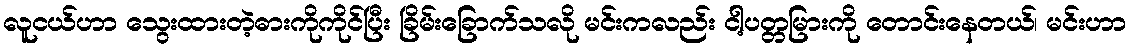
လူငယ်ဟာ သွေးထားတဲ့ဓားကိုကိုင်ပြီး ခြိမ်းခြောက်သလို မင်းကလည်း ငါ့ပတ္တမြားကို တောင်းနေတယ်၊ မင်းဟာ